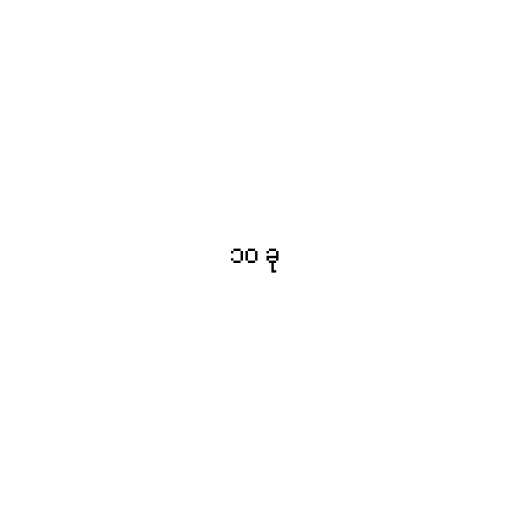
၁၀ ခု